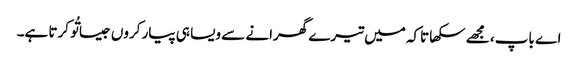
اے باپ، مجھے سکھا تاکہ میں تیرے گھرانے سے ویسا ہی پیار کروں جیسا تُو کرتا ہے۔